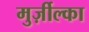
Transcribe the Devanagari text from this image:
मुर्ज़ील्का